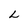
Character: L